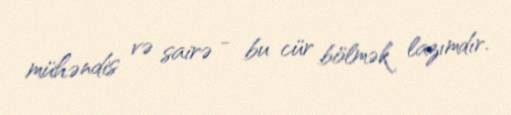
mühəndis və sairə - bu cür bölmək lazımdır.